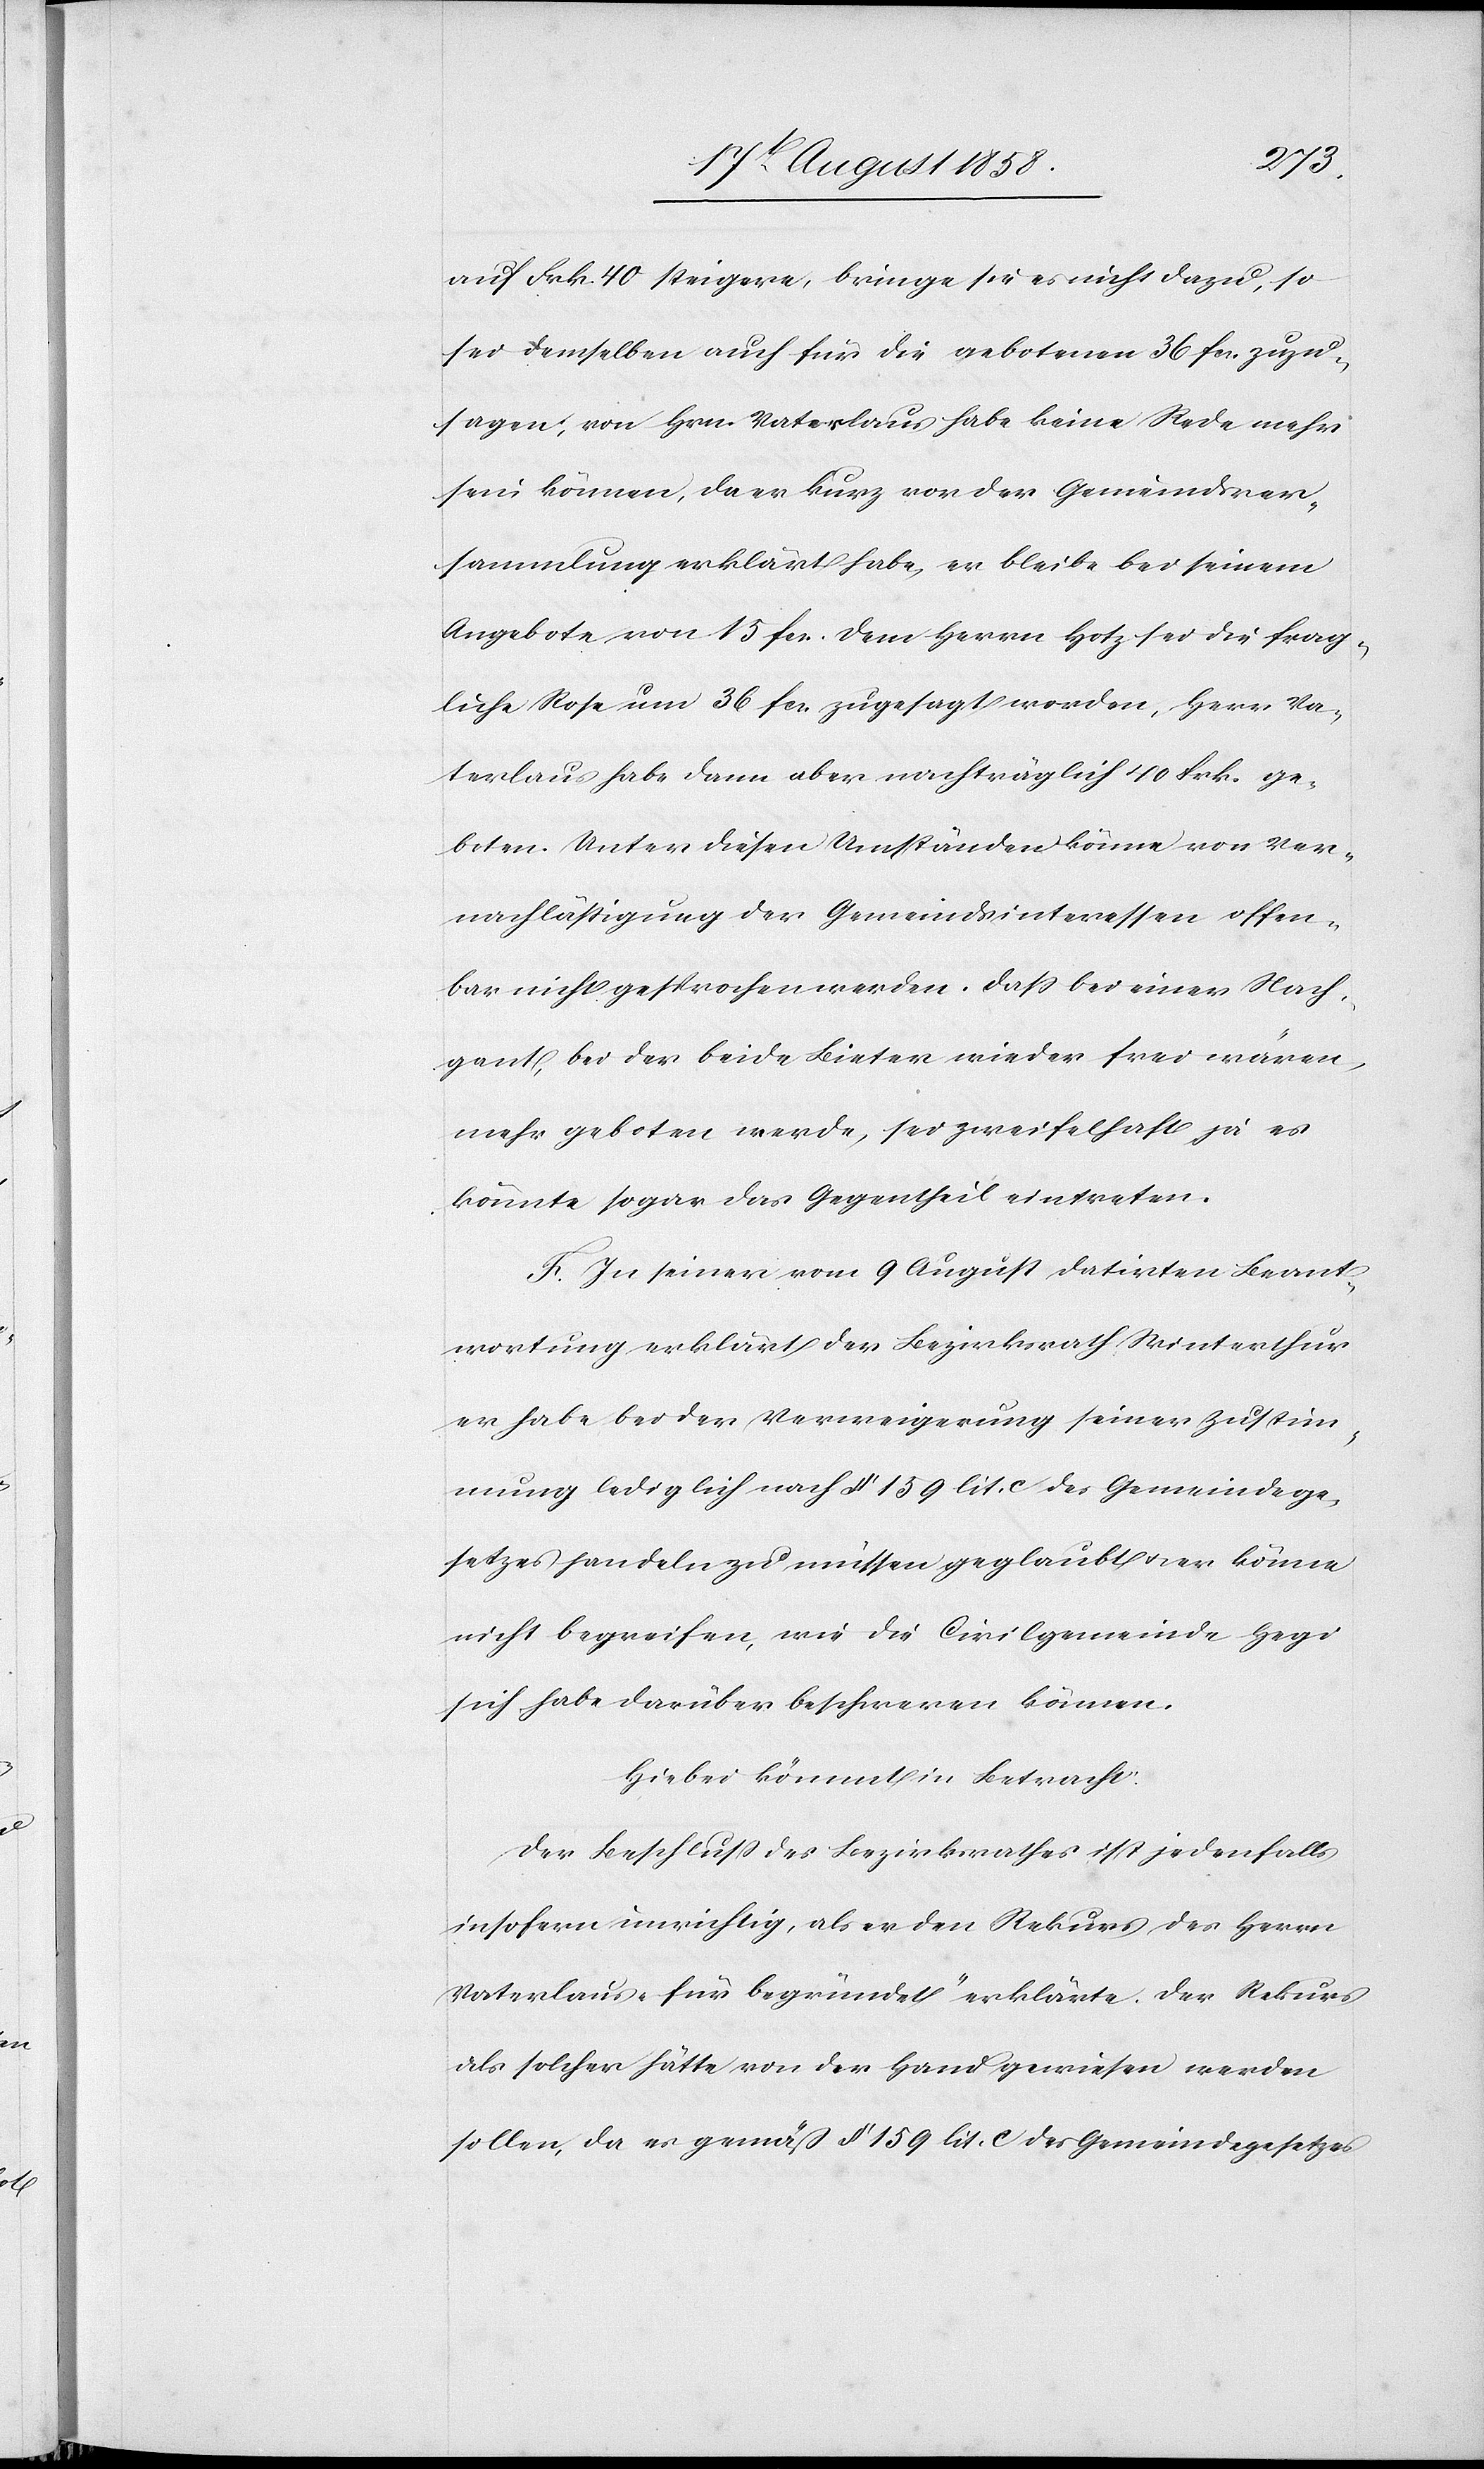
auf Frk. 40 steigere, bringe sie es nicht dazu, so
sei demselben auch für die gebotenen 36 fcs. zuzu¬
sagen; von Hrn. Vaterlaus habe keine Rede mehr
sein können, da er kurz vor der Gemeindsver¬
sammlung erklärt habe, er bleibe bei seinem
Angebote von 15 fcs. Dem Herrn Hotz sei die frag¬
liche Rose um 36 fcs. zugesagt worden, Herr Va¬
terlaus habe dann aber nachträglich 40 Frk. ge¬
boten. Unter diesen Umständen könne von Ver¬
nachlässigung der Gemeindsinteressen offen¬
bar nicht gesprochen werden. Dass bei einer Nach¬
gant, bei der beide Bieter wieder frei wären,
mehr geboten werde, sei zweifelhaft, ja es
könnte sogar das Gegentheil eintreten.
F. In seiner vom 9 August datirten Beant¬
wortung erklärt der Bezirksrath Winterthur
er habe bei der Verweigerung seiner Zustim¬
mung lediglich nach § 159 lit. c des Gemeindege¬
setzes handeln zu müssen geglaubt & er könne
nicht begreifen, wie die Civilgemeinde Hegi
sich habe darüber beschweren können.
Hiebei kömmt in Betracht:
Der Beschluss des Bezirksrathes ist jedenfalls
insofern unrichtig, als er den Rekurs des Herrn
Vaterlaus „für begründet“ erklärte. Der Rekurs
als solcher hätte von der Hand gewiesen werden
sollen, da es gemäß § 159 lit. c des Gemeindegesetzes